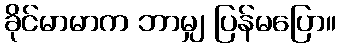
ခိုင်မာမာက ဘာမျှ ပြန်မပြော။